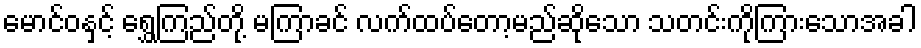
မောင်ဝနှင့် ရွှေကြည်တို့ မကြာခင် လက်ထပ်တော့မည်ဆိုသော သတင်းကိုကြားသောအခါ